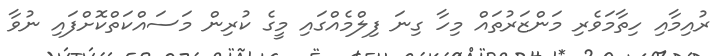
ރުއިމާއި ހިތާމަވެރި މަންޒަރުތައް މިހާ ގިނަ ފިލްމެއްގައި މީގެ ކުރިން މަސައްކަތްކޮށްފައި ނުވާ